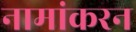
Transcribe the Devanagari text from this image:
नामांकरन